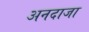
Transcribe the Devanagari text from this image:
अनदाजा